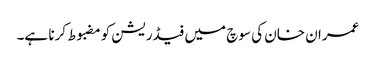
عمران خان کی سوچ میں فیڈریشن کومضبوط کرنا ہے۔